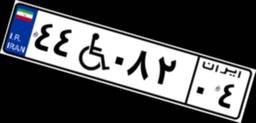
۷۸W۸۴۵۹۴